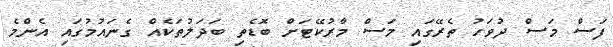
ފަސް މަސް ދުވަހު ތެރޭގައި މަސް މާރުކޭޓަށް ބޮޑެތި ބަދަލުތަކެއް ގެނައުމުގައި އެންމެ